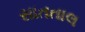
સાતતાલ